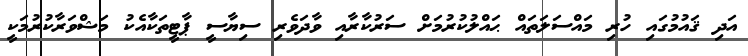
އަދި ޤައުމުގައި ހުރި މައްސަލަތައް ޙައްލުކުރުމަށް ސަރުކާރާއި ވާދަވެރި ސިޔާސީ ޕާޓީތަކާއެކު މަޝްވަރާކުރުމަކީ